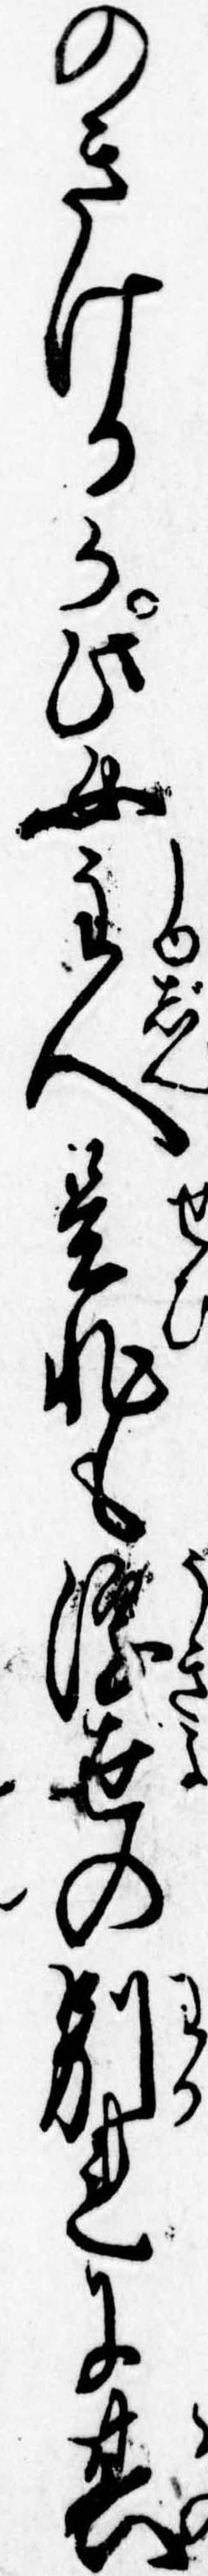
のきけるか此女主人是非も浮世の別れに其